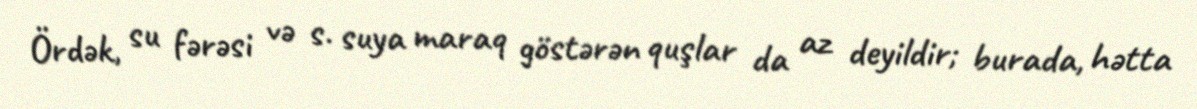
Ördək, su fərəsi və s. suya maraq göstərən quşlar da az deyildir; burada, hətta